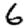
Digit: 6